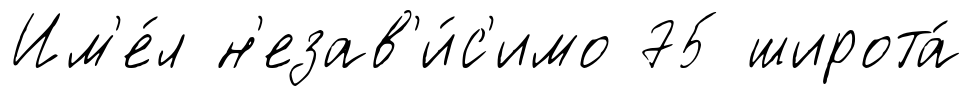
Им'е́л н'езав'и́с'имо 75 широта́